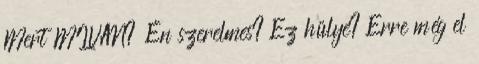
Mert MIVAN? Én szerelmes? Ez hülye? Erre még el